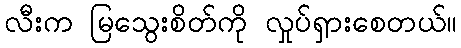
လီးက မြသွေးစိတ်ကို လှုပ်ရှားစေတယ်။